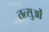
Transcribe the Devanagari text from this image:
तत्सुओं